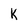
Character: k